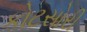
કોટસોરી